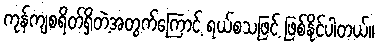
ကုန်ကျစရိတ်ရှိတဲ့အတွက်ကြောင့် ရယ်စသဖြင့် ဖြစ်နိုင်ပါတယ်။